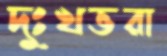
দুঃখভরা